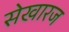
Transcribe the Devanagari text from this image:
सेखारज